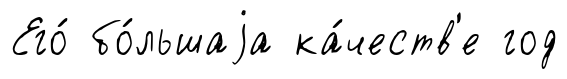
Его́ бо́льшаjа ка́честв'е год